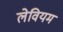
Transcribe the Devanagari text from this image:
लेवियम